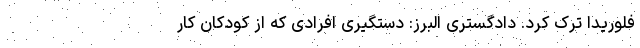
فلوریدا ترک کرد. دادگستری البرز: دستگیری افرادی که از کودکان کار